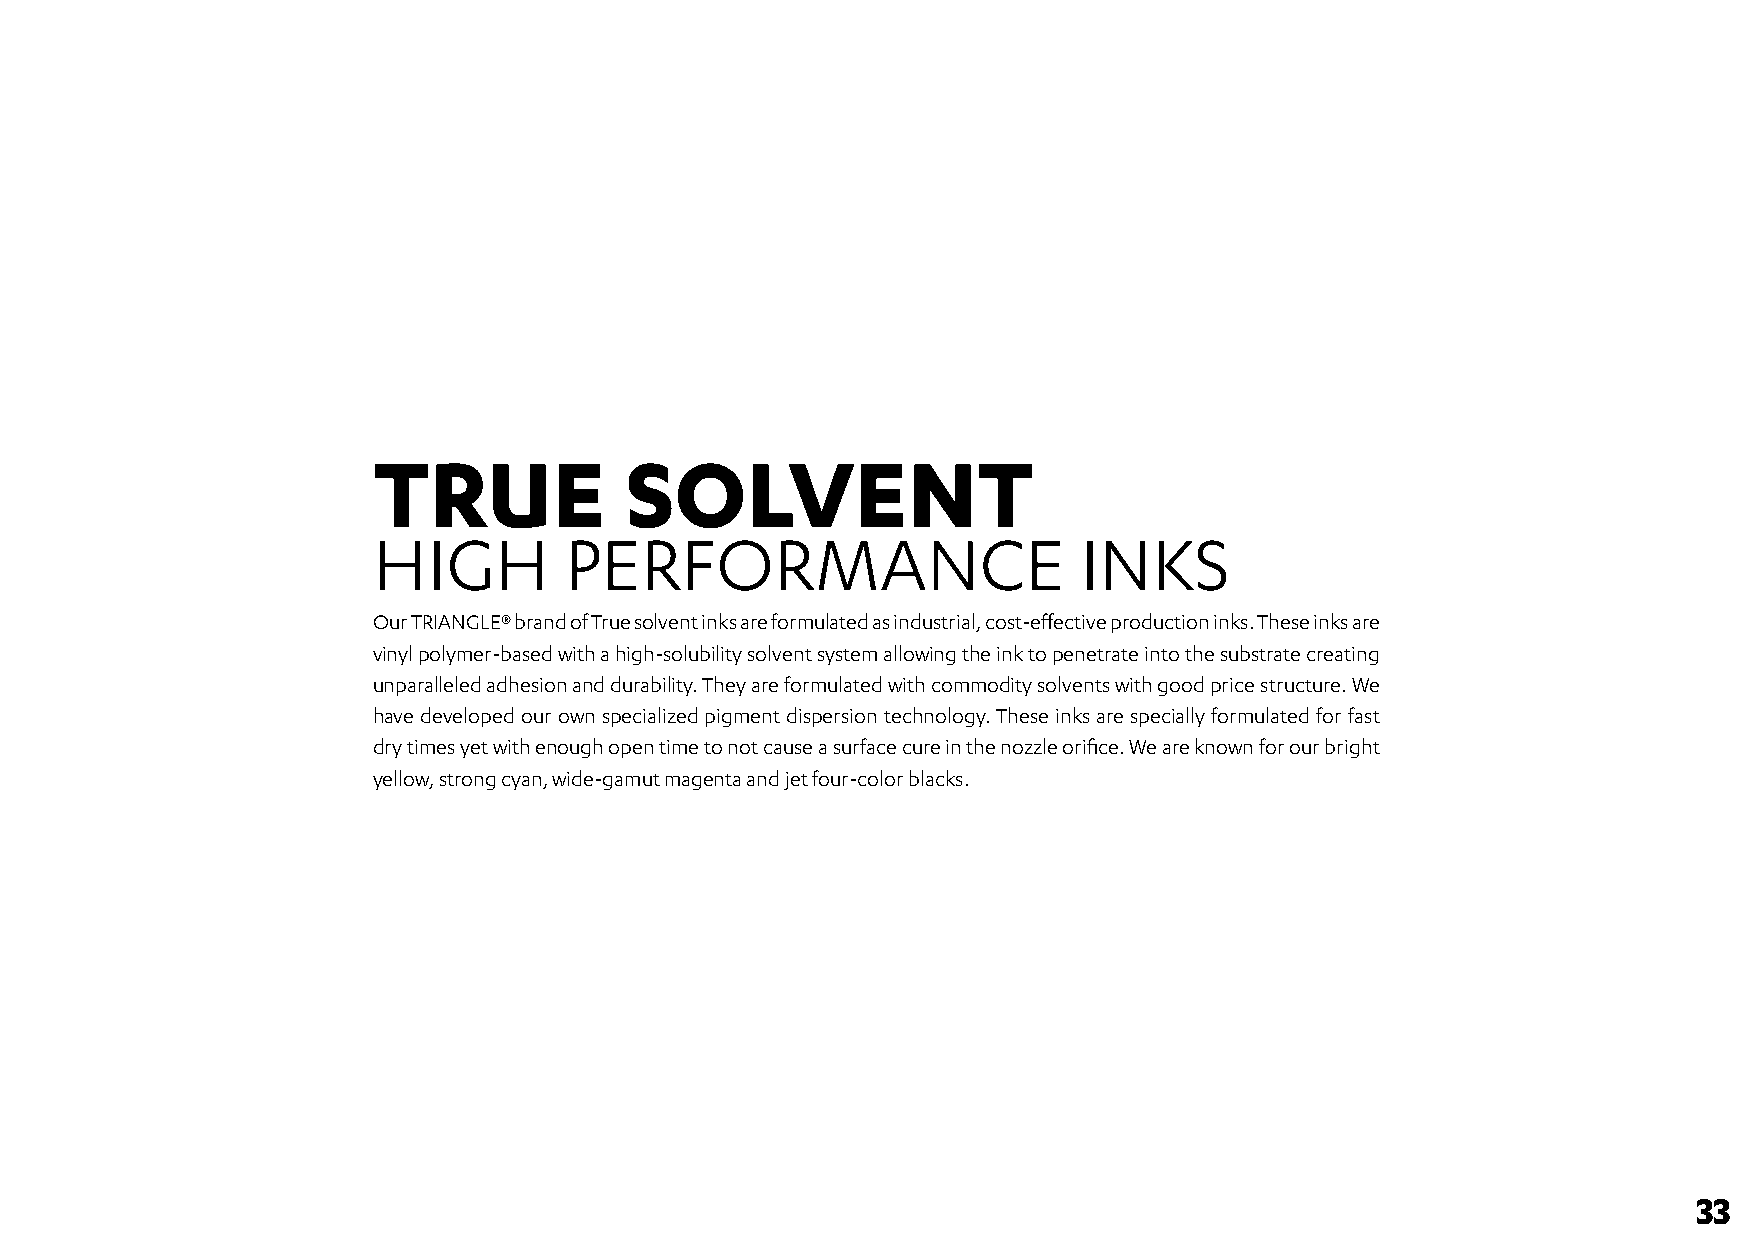
TRUE            SOLVENT
 HIGH        PERFORMANCE                        INKS
 Our TRIANGLE® brand of True solvent inks are formulated as industrial, cost-effective production inks. These inks are
 vinyl polymer-based with a high-solubility solvent system allowing the ink to penetrate into the substrate creating
 unparalleled adhesion and durability. They are formulated with commodity solvents with good price structure. We
 have developed our own specialized pigment dispersion technology. These inks are specially formulated for fast
 dry times yet with enough open time to not cause a surface cure in the nozzle orifice. We are known for our bright
 yellow, strong cyan, wide-gamut magenta and jet four-color blacks.
 33